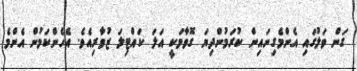
ގަން ވަލުގައި އެންމެގިނައިން ކުރަމުންދިޔަ ގޮވާމަކީ އަލަ ކައްޓިލަ ޒުވާރިއެވެ. އެހެންކަމުން އެންމެ